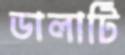
ডালাটি